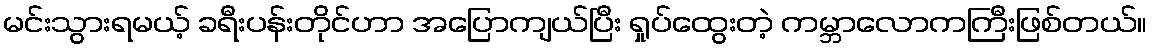
မင်းသွားရမယ့် ခရီးပန်းတိုင်ဟာ အပြောကျယ်ပြီး ရှုပ်ထွေးတဲ့ ကမ္ဘာလောကကြီးဖြစ်တယ်။